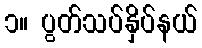
၁။ ပွတ်သပ်နှိပ်နယ်